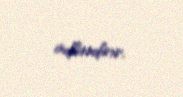
adlandırır.